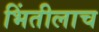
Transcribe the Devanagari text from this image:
भिंतीलाच